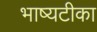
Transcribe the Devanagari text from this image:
भाष्यटीका